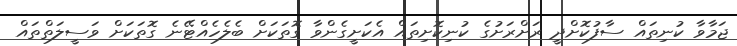
ޖަމާވާ ކުނިތައް ސާފުކޮށްދީ ރަށްރަށުގެ ކުނިކޮށިތައް އެކަށީގެންވާ ގޮތަކަށް ބެލެހެއްޓޭނެ ގޮތަކަށް ވަސީލަތްތައް